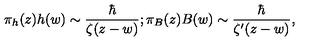
\pi _ { h } ( z ) h ( w ) \sim { \frac { \hbar } { \zeta ( z - w ) } } ; \pi _ { B } ( z ) B ( w ) \sim { \frac { \hbar } { \zeta ^ { \prime } ( z - w ) } } ,